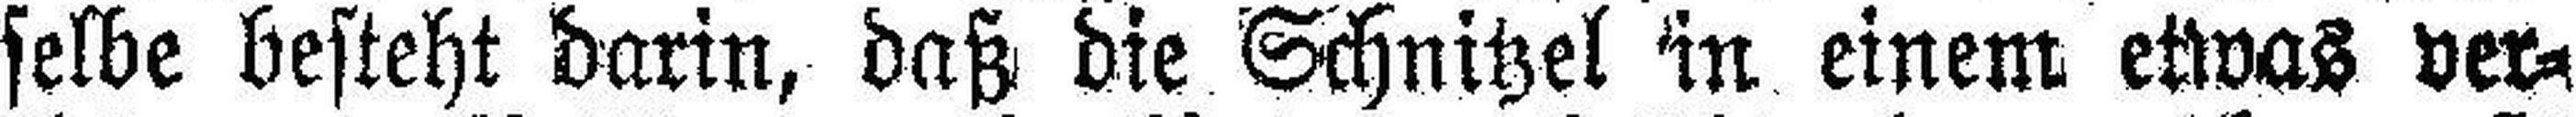
selbe besteht darin, daß die Schnitzel ln einem etwas ver¬